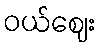
ဝယ်ဈေး